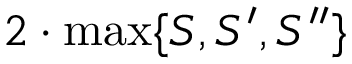
2 \cdot \operatorname* { m a x } \{ S , S ^ { \prime } , S ^ { \prime \prime } \}